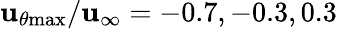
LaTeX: \mathbf{u}_{\theta\mathrm{{{max}}}}/\mathbf{u}_{\infty}=-0.7,-0.3,0.3